Scottish Certificate of Education, 1962
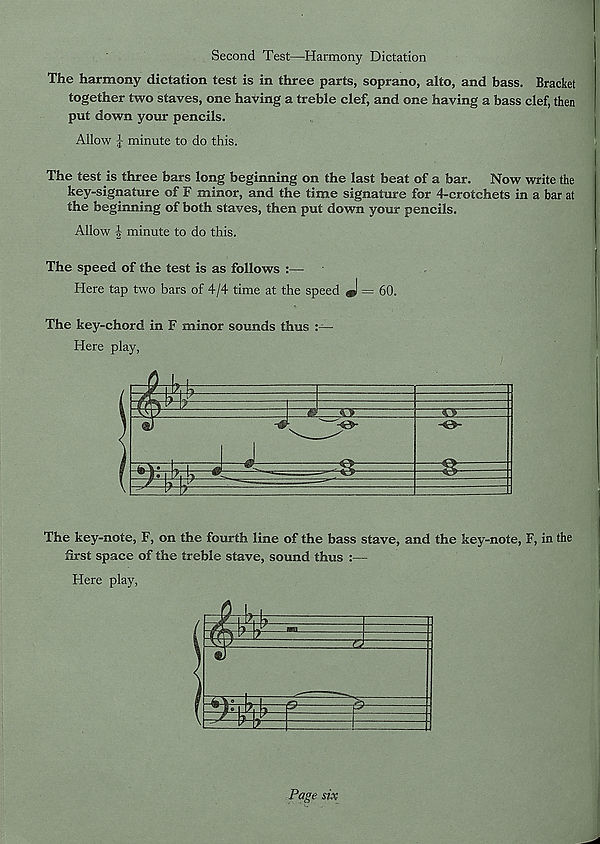
Second Test—Harmony Dictation
The harmony dictation test is in three parts, soprano, alto, and bass. Bracket
together two staves, one having a treble clef, and one having a bass clef, then
put down your pencils.
Allow J minute to do this.
The test is three bars long beginning on the last beat of a bar. Now write the
key-signature of F minor, and the time signature for 4-crotchets in a bar at
the beginning of both staves, then put down your pencils.
Allow minute to do this.
The speed of the test is as follows :—
Here tap two bars of 4/4 time at the speed J = 60.
The key-chord in F minor sounds thus
Here play,
The key-note, F, on the fourth line of the bass stave, and the key-note, F, in the
first space of the treble stave, sound thus :—
Here play,
Page six